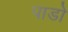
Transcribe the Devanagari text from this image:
पाडों